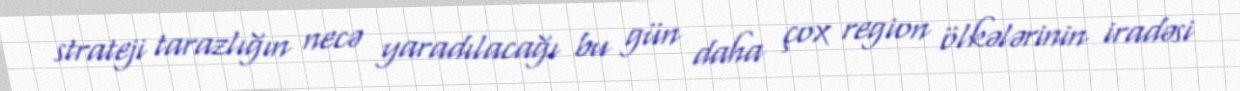
strateji tarazlığın necə yaradılacağı bu gün daha çox region ölkələrinin iradəsi